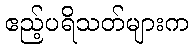
ဧည့်ပရိသတ်များက